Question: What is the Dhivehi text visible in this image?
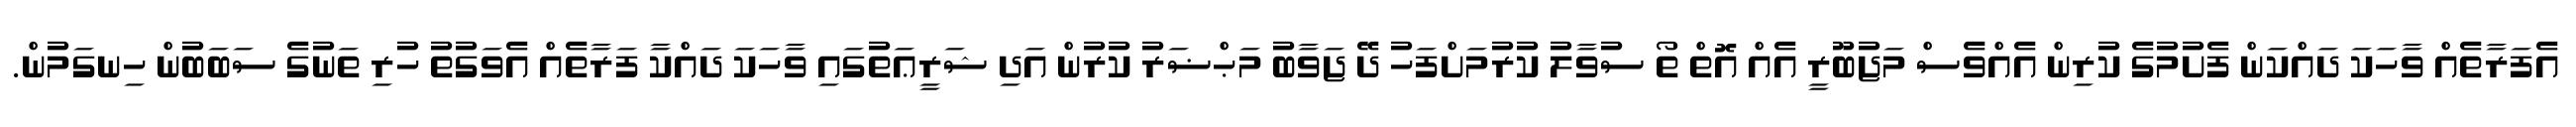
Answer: އެފަރާތެއް ވާހަކަ ދައްކަން ފެށުމުގެ ކުރިން އެއްވެސް މަޖުބޫރީ އެއް އޮތް ތޯ ސުވާލު ކުރުމަށްފަހު ދޭ ޖަވާބު މަޙްޟަރު ކުރުން އަދި ޝަރީޢަތުގައި ވާހަކަ ދައްކާ ފަރާތެއް އެވަގުތު ހުރި ތަނުގެ ސަބަބުން ހިނގަމުން.